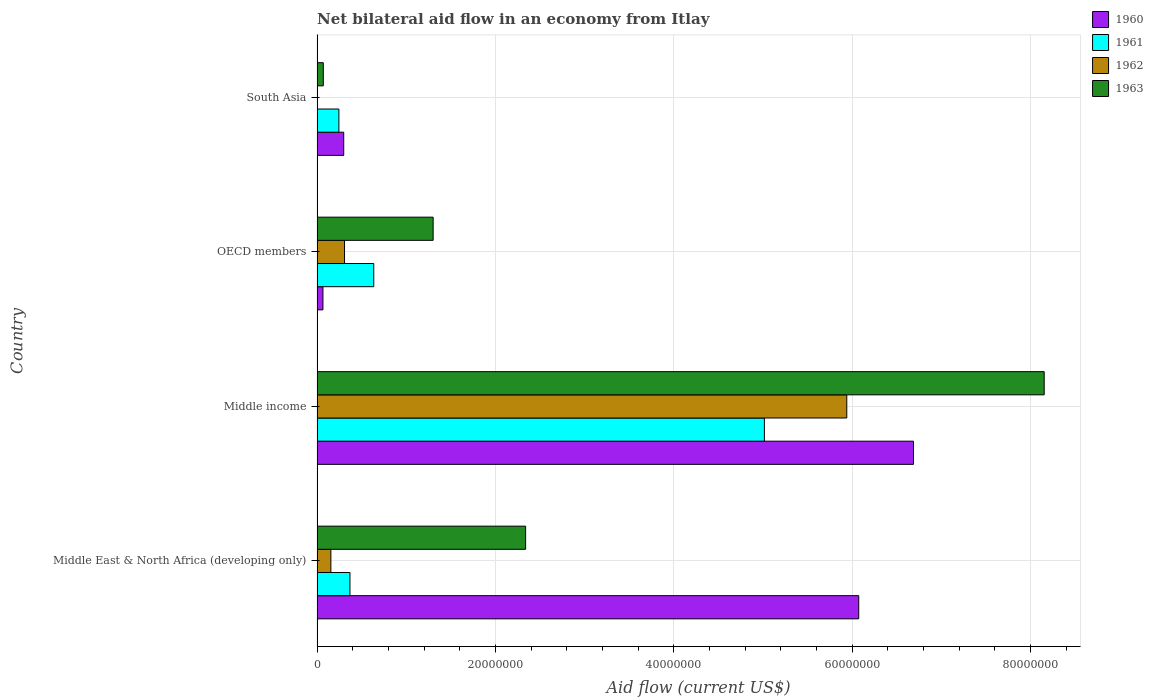
| Country | 1960 | 1961 | 1962 | 1963 |
 | --- | --- | --- | --- | --- |
 | Middle East & North Africa (developing only) | 6.08e+07 | 3.69e+06 | 1.55e+06 | 2.34e+07 |
 | Middle income | 6.69e+07 | 5.02e+07 | 5.94e+07 | 8.16e+07 |
 | OECD members | 6.6e+05 | 6.36e+06 | 3.08e+06 | 1.3e+07 |
 | South Asia | 2.99e+06 | 2.45e+06 | -3.74e+06 | 7e+05 |